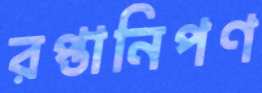
রপ্তানিপণ